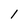
Character: l